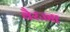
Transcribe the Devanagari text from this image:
वैरज्जा